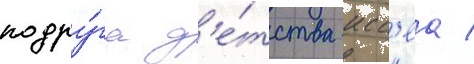
подру́га д'е́тства исс'еа /